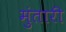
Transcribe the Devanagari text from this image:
मुंतारी